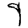
Digit: 9